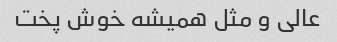
عالی و مثل همیشه خوش پخت